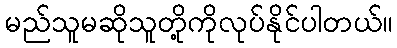
မည်သူမဆိုသူတို့ကိုလုပ်နိုင်ပါတယ်။